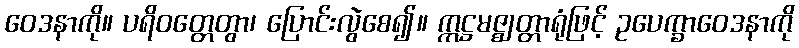
ဝေဒနာကို။ ပရိဝတ္တေတွာ၊ ပြောင်းလွဲစေ၍။ ဣဋ္ဌမဇ္ဈတ္တာရုံဖြင့် ဥပေက္ခာဝေဒနာကို